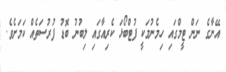
އޭނާގެ ނަން ޓީމްގައި ހިމެނުމަކީ ފުޓްބޯޅަ ކެރިއާގައި ލިބުނު ބޮޑު ފުރުސަތެއް ކަމަށެވެ.